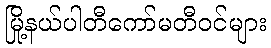
မြို့နယ်ပါတီကော်မတီဝင်များ